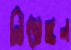
নিয়েইন